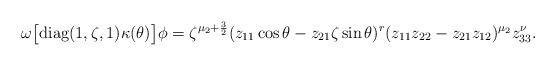
\begin{align*}\omega\big[\textrm{diag}(1,\zeta,1)\kappa(\theta)\big]\phi=\zeta^{\mu_2+\frac{3}{2}}(z_{11}\cos\theta -z_{21}\zeta\sin\theta )^r(z_{11}z_{22}-z_{21}z_{12})^{\mu_2}z_{33}^\nu.\end{align*}